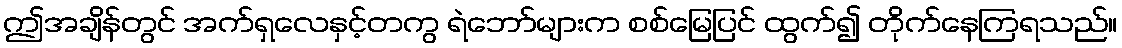
ဤအချိန်တွင် အက်ရှလေနှင့်တကွ ရဲဘော်များက စစ်မြေပြင် ထွက်၍ တိုက်နေကြရသည်။